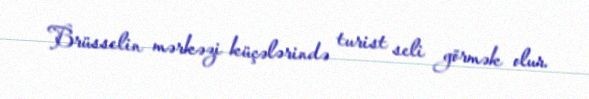
Brüsselin mərkəzi küçələrində turist seli görmək olur.